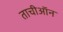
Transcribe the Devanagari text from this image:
ताचीऑन